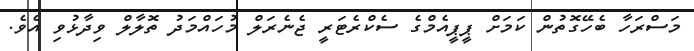
މަސްރަހާ ބެހޭގޮތުން ކަމަށް ޕީޕީއެމްގެ ސެކްރެޓަރީ ޖެނެރަލް މުހައްމަދު ތޮލާލް ވިދާޅުވި އެވެ.